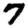
Digit: 7